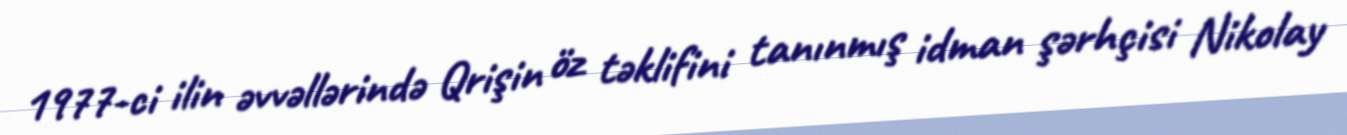
1977-ci ilin əvvəllərində Qrişin öz təklifini tanınmış idman şərhçisi Nikolay